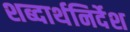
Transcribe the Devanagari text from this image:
शब्दार्थनिर्देश